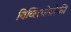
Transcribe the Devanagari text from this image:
बिब्लियोग्रोफी